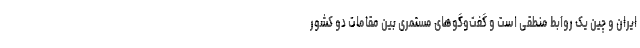
ایران و چین یک روابط منطقی است و گفت‌وگوهای مستمری بین مقامات دو کشور